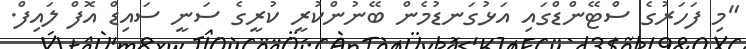
"މި ފަހަރުގެ ސްޓޭންޑްގައި އަޅުގަނޑުމެން ބޭނުންކުރީ ކުރީގެ ސަނީ ސައިޑް އޮފް ލައިފް.